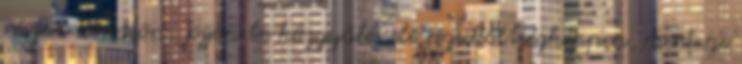
részére döntsön. Jöjjön be közgyűlés elé rezsiköltségképpen, mert ne